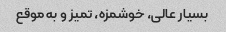
بسیار عالی، خوشمزه، تمیز و به موقع